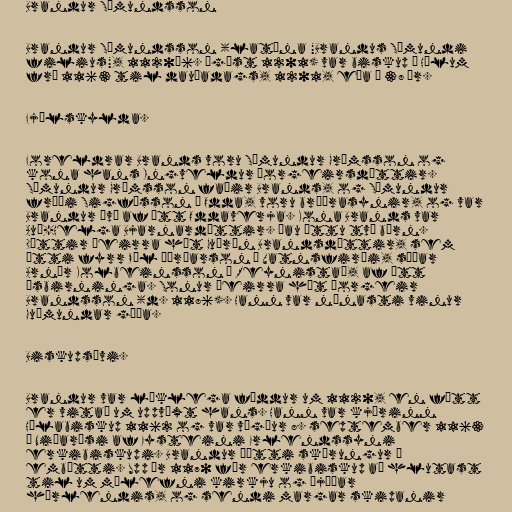
Brandur Sæmundsson

Brandur Sæmundsson (latína "Brandus Sæmundi
filius", 1120–6. ágúst 1201) var biskup á Hólum
frá 1163 til dauðadags, 1201, eða í 38 ár.

Fjölskylda.

Foreldrar Brands voru Sæmundur Grímsson og
kona hans Ingveldur Þorgeirsdóttir.
Sæmundur Grímsson faðir Brands, og Sæmundur
fróði Sigfússon í Odda, voru bræðrasynir, og var
Brandur því af ætt Oddaverja. Kona Brands var
Auð-Helga Bjarnardóttir. Þau áttu tvö börn.
Dóttir þeirra hét Guðrún Brandsdóttir, sem
átti fyrr Pál Þórðarson í Vatnsfirði, síðar
Arnór Kolbeinsson á Reynistað, af ætt
Ásbirninga. Sonur þeirra hét Þorgeir
Brandsson (d. 1186). Hann var nánasti vinur
Guðmundar góða.

Biskupsævi.

Brandur var líklega fæddur um 1120, en fátt
er vitað um uppvöxt hans. Hann var kjörinn
Hólabiskup 1162 og var vígður 8. september 1163
í Niðarósi af Eysteini Erlendssyni
erkibiskupi. Brandur þótti skörungur í
embætti. Upp úr 1170 fór erkibiskup að hlutast
til um málefni kirkju og þjóðar
hérlendis, og sendi margar skipanir